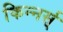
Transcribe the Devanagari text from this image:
किन्नर्स्